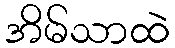
အိမ်သာထဲ